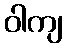
ဝါကျ